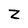
Character: z